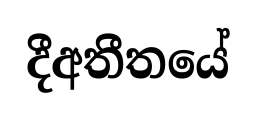
දීඅතීතයේ